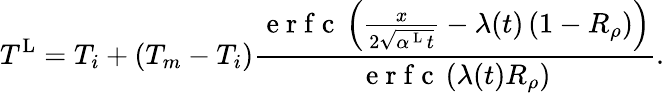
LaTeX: T^{\mathrm{L}}=T_{i}+(T_{m}-T_{i})\frac{\mathrm{~e~r~f~c~}\left(\frac{x}{2\sqrt{\alpha^{\mathrm{~L~}}t}}-\lambda(t)\left(1-R_{\rho}\right)\right)}{\mathrm{~e~r~f~c~}\left(\lambda(t)R_{\rho}\right)}.